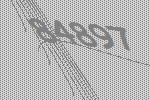
84897